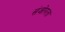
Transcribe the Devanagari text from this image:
संजोगता